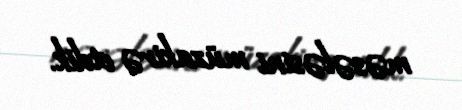
məsələsini müzakirə etdik.